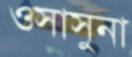
ওসাসুনা